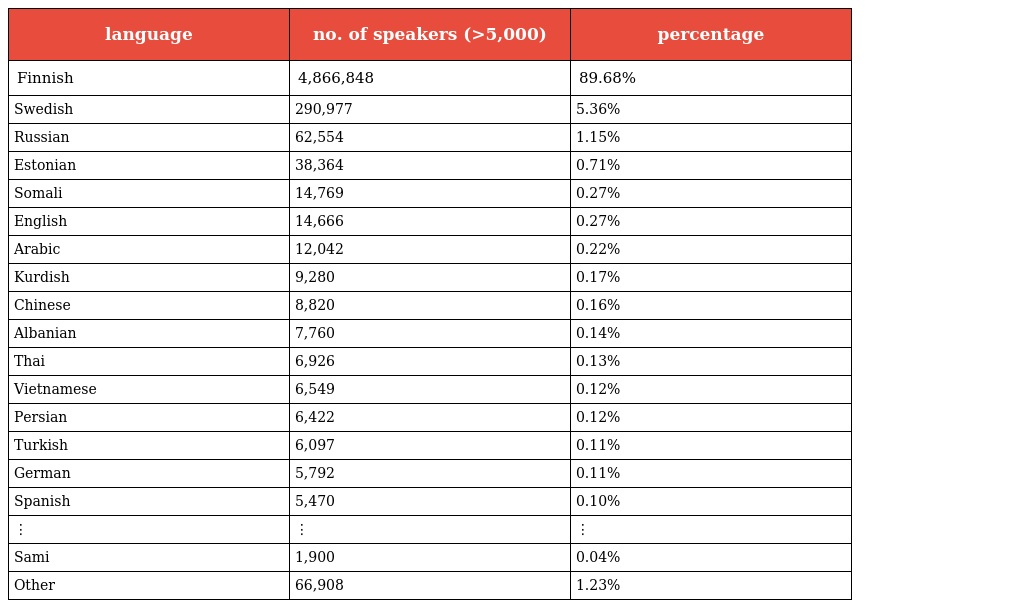
| language | no. of speakers (>5,000) | percentage |
 | --- | --- | --- |
 | Finnish | 4,866,848 | 89.68% |
 | Swedish | 290,977 | 5.36% |
 | Russian | 62,554 | 1.15% |
 | Estonian | 38,364 | 0.71% |
 | Somali | 14,769 | 0.27% |
 | English | 14,666 | 0.27% |
 | Arabic | 12,042 | 0.22% |
 | Kurdish | 9,280 | 0.17% |
 | Chinese | 8,820 | 0.16% |
 | Albanian | 7,760 | 0.14% |
 | Thai | 6,926 | 0.13% |
 | Vietnamese | 6,549 | 0.12% |
 | Persian | 6,422 | 0.12% |
 | Turkish | 6,097 | 0.11% |
 | German | 5,792 | 0.11% |
 | Spanish | 5,470 | 0.10% |
 | ⋮ | ⋮ | ⋮ |
 | Sami | 1,900 | 0.04% |
 | Other | 66,908 | 1.23% |